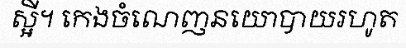
ស្អី។ កេងចំណេញនយោបាយរហូត